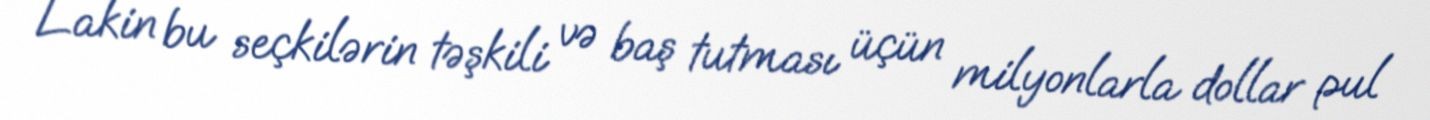
Lakin bu seçkilərin təşkili və baş tutması üçün milyonlarla dollar pul